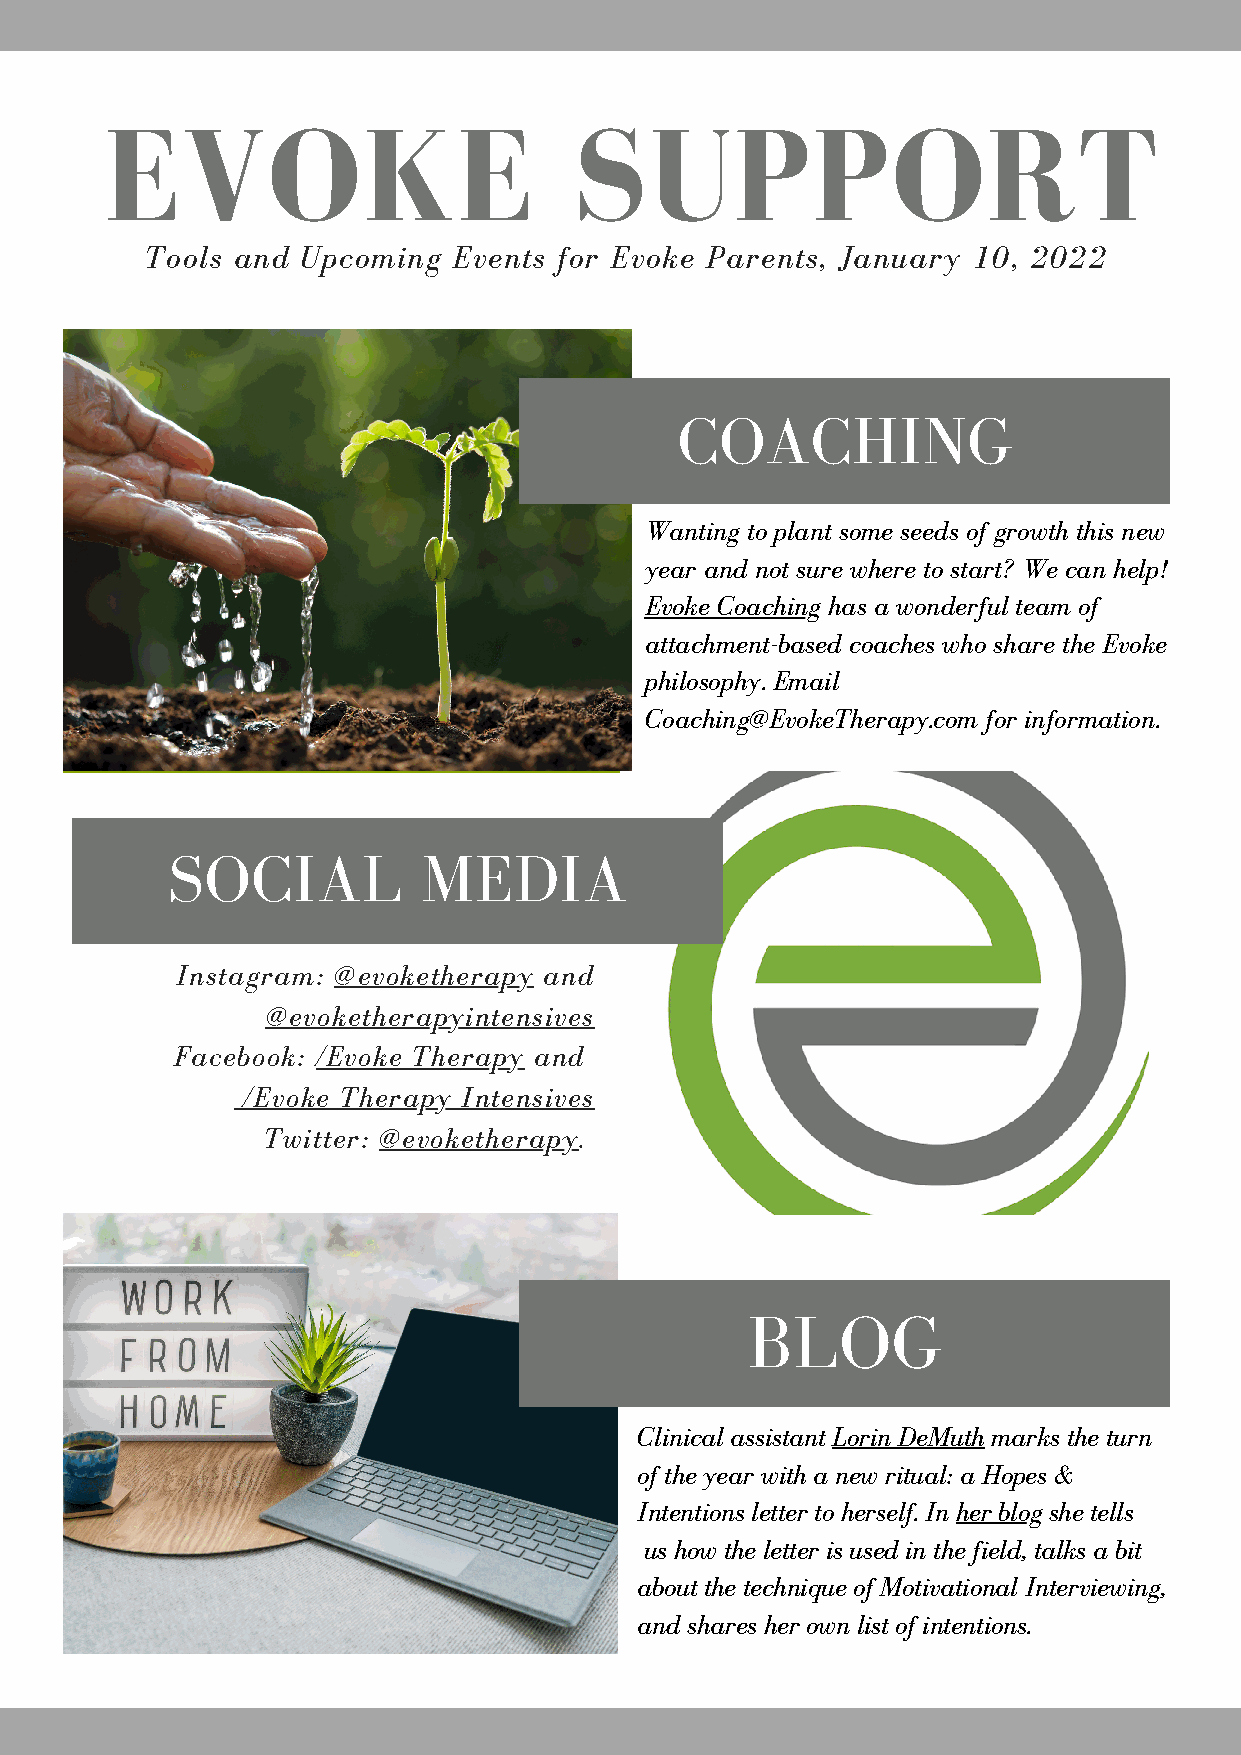
EVOKE                          SUPPORT
 Tools and Upcoming  Events for Evoke Parents, January 10, 2022
 COACHING
 Wanting to plant some seeds of growth this new
 year and not sure where to start? We can help!
 Evoke Coaching has a wonderful team of
 attachment-based coaches who share the Evoke
 philosophy. Email
 Coaching@EvokeTherapy.com for information.
 SOCIAL           MEDIA
 Instagram: @evoketherapy and
 @evoketherapyintensives
 Facebook: /Evoke Therapy and
 /Evoke Therapy Intensives
 Twitter: @evoketherapy.
 BLOG
 Clinical assistant Lorin DeMuth marks the turn
 of the year with a new ritual: a Hopes &
 Intentions letter to herself. In her blog she tells
 us how the letter is used in the field, talks a bit
 about the technique of Motivational Interviewing,
 and shares her own list of intentions.